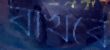
রাখবে